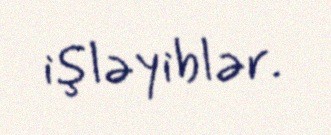
işləyiblər.